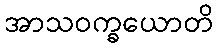
အာသဝက္ခယောတိ